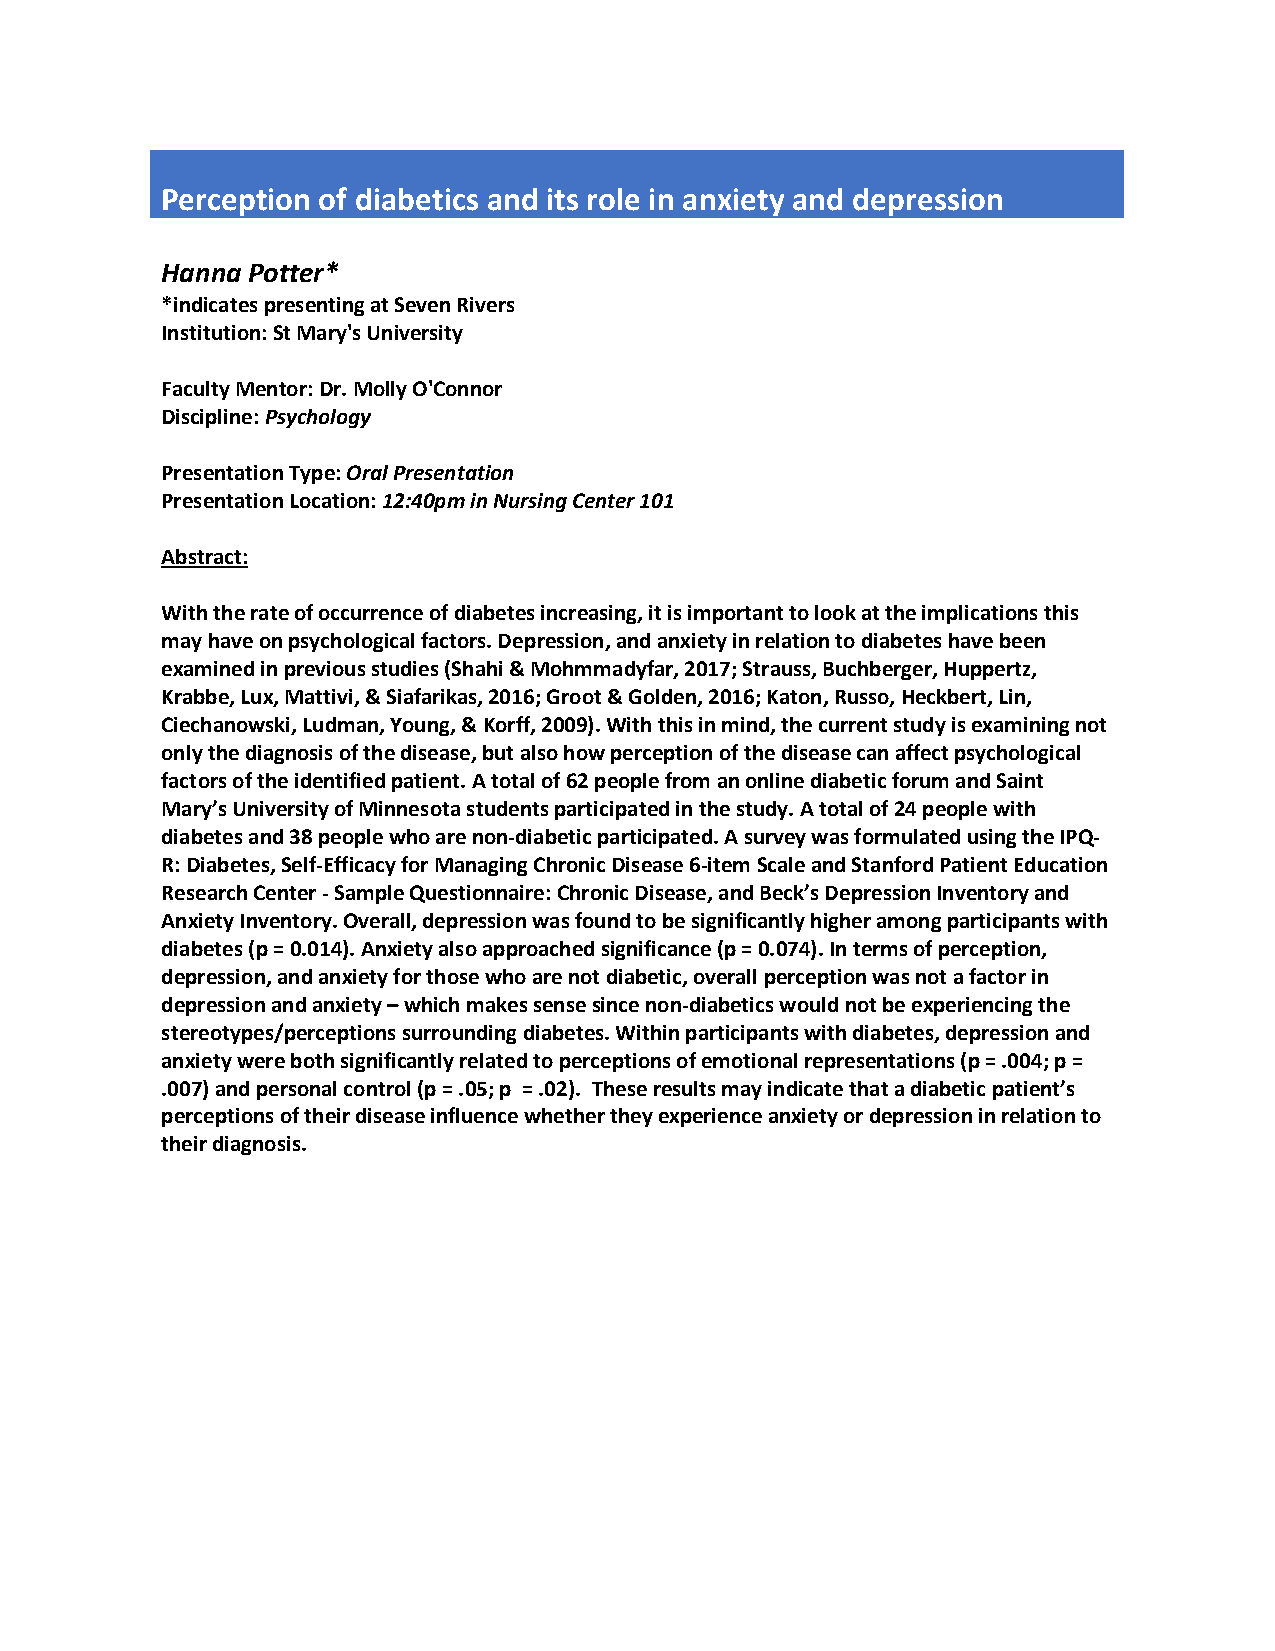
Perception of diabetics and its role in anxiety and depression
 Hanna Potter*
 *indicates presenting at Seven Rivers
 Institution: St Mary's University
 Faculty Mentor: Dr. Molly O'Connor
 Discipline: Psychology
 Presentation Type: Oral Presentation
 Presentation Location: 12:40pm in Nursing Center 101
 Abstract:
 With the rate of occurrence of diabetes increasing, it is important to look at the implications this
 may have on psychological factors. Depression, and anxiety in relation to diabetes have been
 examined in previous studies (Shahi & Mohmmadyfar, 2017; Strauss, Buchberger, Huppertz,
 Krabbe, Lux, Mattivi, & Siafarikas, 2016; Groot & Golden, 2016; Katon, Russo, Heckbert, Lin,
 Ciechanowski, Ludman, Young, & Korff, 2009). With this in mind, the current study is examining not
 only the diagnosis of the disease, but also how perception of the disease can affect psychological
 factors of the identified patient. A total of 62 people from an online diabetic forum and Saint
 Mary’s University of Minnesota students participated in the study. A total of 24 people with
 diabetes and 38 people who are non-diabetic participated. A survey was formulated using the IPQ-
 R: Diabetes, Self-Efficacy for Managing Chronic Disease 6-item Scale and Stanford Patient Education
 Research Center - Sample Questionnaire: Chronic Disease, and Beck’s Depression Inventory and
 Anxiety Inventory. Overall, depression was found to be significantly higher among participants with
 diabetes (p = 0.014). Anxiety also approached significance (p = 0.074). In terms of perception,
 depression, and anxiety for those who are not diabetic, overall perception was not a factor in
 depression and anxiety – which makes sense since non-diabetics would not be experiencing the
 stereotypes/perceptions surrounding diabetes. Within participants with diabetes, depression and
 anxiety were both significantly related to perceptions of emotional representations (p = .004; p =
 .007) and personal control (p = .05; p = .02). These results may indicate that a diabetic patient’s
 perceptions of their disease influence whether they experience anxiety or depression in relation to
 their diagnosis.